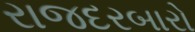
રાજદરબારો